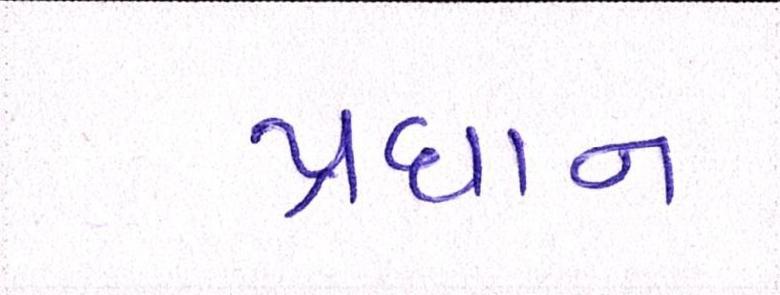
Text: પ્રધાન